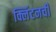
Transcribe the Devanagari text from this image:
क्लिंटनची